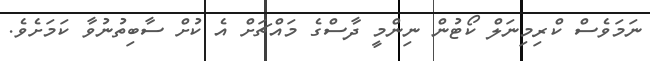
ނަމަވެސް ކްރިމިނަލް ކޯޓުން ނިންމީ ދާސްގެ މައްޗަށް އެ ކުށް ސާބިތުނުވާ ކަމަށެވެ.